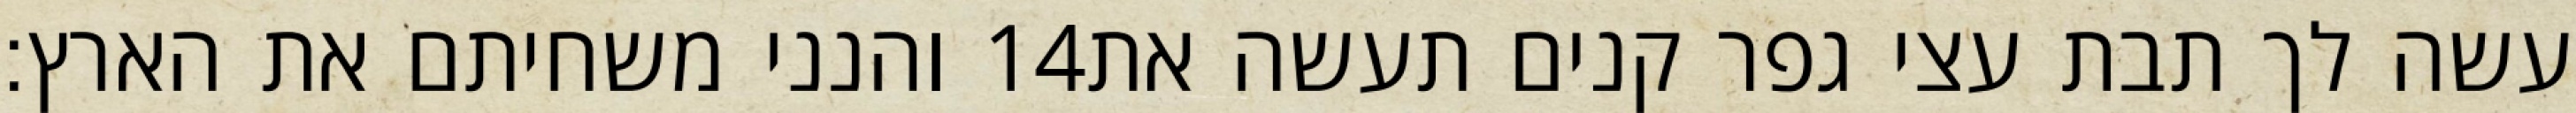
והנני משחיתם את הארץ׃ ‎14‏ עשה לך תבת עצי גפר קנים תעשה את